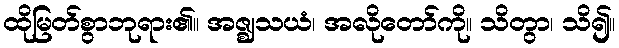
ထိုမြတ်စွာဘုရား၏။ အဇ္ဈသယံ၊ အလိုတော်ကို။ သိတွာ၊ သိ၍။